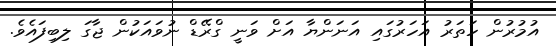
އުމުރުން ހަތަރު އަހަރުގައި އަނަންޔާ އަށް ވަނީ ގްރޭޑް ނުވައަކުން ޖާގަ ލިބިފައެވެ.